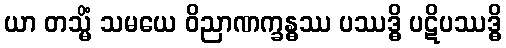
ယာ တသ္မိံ သမယေ ဝိညာဏက္ခန္ဓဿ ပဿဒ္ဓိ ပဋိပဿဒ္ဓိ